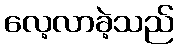
လေ့လာခဲ့သည်